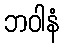
ဘဝါနံ